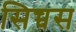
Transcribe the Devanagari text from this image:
सिच्चस